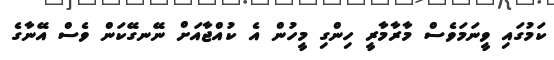
ކަމުގައި ވީނަމަވެސް މާރާމާރީ ހިންގި މީހުން އެ ކުއްޖާއަށް ނޭނގޭކަން ވެސް އޭނާގެ